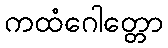
ကထံဂေါတ္တော